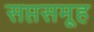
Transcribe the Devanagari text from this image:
सप्तसमूह